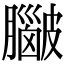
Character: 𥀮